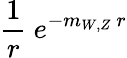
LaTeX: {\frac{1}{r}}\ e^{-m_{W,Z}\ r}